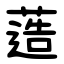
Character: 䔏